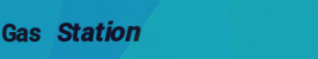
Gas Station